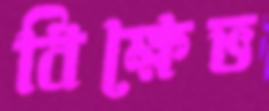
বিক্ষেভ